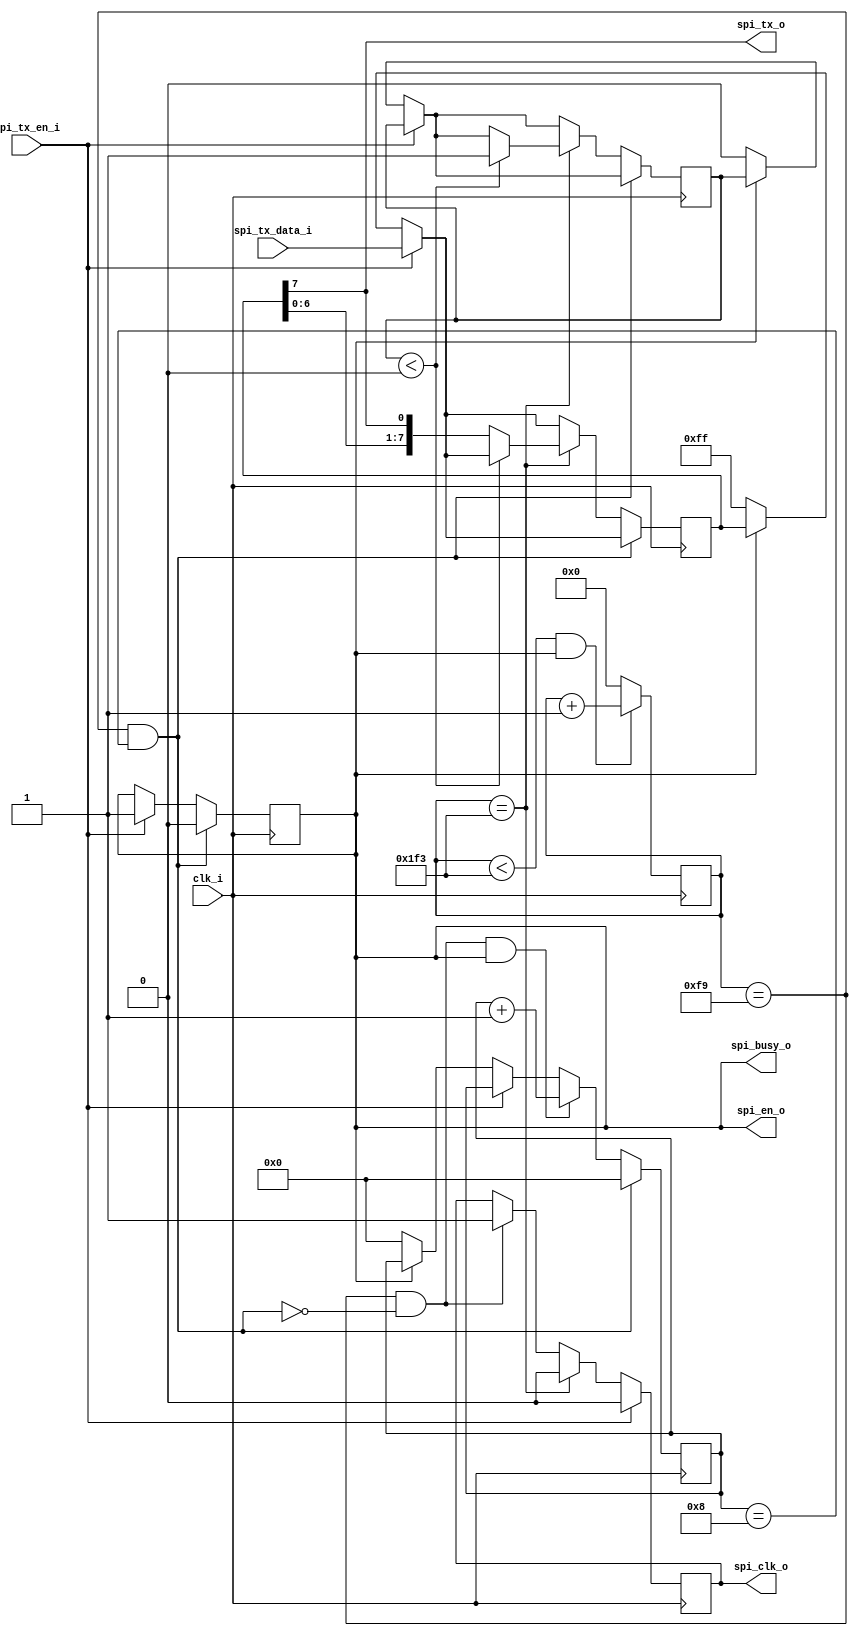
module master_spi_tx#
    (
        parameter CPOL = 1'b0,
        parameter CPHA = 1'b0
    ) (
        input clk_i,
        output spi_tx_o,//mosi
        output spi_clk_o,//SPI  SCK
        input spi_tx_en_i,//
        input [7:0] spi_tx_data_i,//
        output spi_en_o,//SPI 
        output spi_busy_o//SPI 
    );

    //SPI 
    parameter [9:0] SPI_DIV = 10'd499;// 50Mhz/100K/ - 1'b1=499
    parameter [9:0] SPI_DIV1 = SPI_DIV/2;
    parameter PSET = CPHA ? 1'b1 : 1'b0;
    reg [9:0] clk_div = 10'd0;
    reg spi_en = 1'b0;
    always@(posedge clk_i) begin
        if((clk_div < SPI_DIV) && spi_en)
            clk_div <= clk_div + 1'b1;
        else
            clk_div <= 10'd0;
    end
    wire clk_end;
    // SPI 
    wire clk_en1 = (clk_div == SPI_DIV1)&&(!clk_end);//n
    wire clk_en2 = (clk_div == SPI_DIV);//p
    reg spi_clk = 1'b0;

    always@(posedge clk_i) begin
        if(spi_tx_en_i)
            spi_clk <= 1'b0;
        else if(clk_en2)
            spi_clk <= 1'b0;
        else if(clk_en1)
            spi_clk <= 1'b1;
    end
    wire spi_strobe = CPHA ? clk_en1 : clk_en2 ;

    //SPI 
    reg [3:0] tx_cnt = 4'd0;
    reg [7:0] spi_tx_data_r=8'd0;
    assign spi_tx_o = spi_tx_data_r[7];
    assign clk_end = (clk_div == SPI_DIV1)&&(tx_cnt==4'd8);
    reg pcnt = 1'b0;
    always@(posedge clk_i) begin
        // 
        if(spi_tx_en_i) begin
            spi_en <= 1'b1;
            spi_tx_data_r <= spi_tx_data_i;
        end
        else if(!spi_en) begin// bps_start_en  0 
            spi_tx_data_r <= 8'b1111_1111;
            tx_cnt <= 4'd0;
            pcnt <= 1'd0;
        end
        // 
        if(clk_end) begin
            tx_cnt <= 4'd0;
            spi_en <= 1'b0;
        end
        else begin
            if(clk_en1&&spi_en)
                tx_cnt <= tx_cnt + 1'b1;
            if(spi_strobe) begin
                if(pcnt < PSET )
                    pcnt <= 1'b1;
                else
                    spi_tx_data_r[7:0] <= {spi_tx_data_r[6:0],spi_tx_data_r[7]};
            end
        end
    end
    assign spi_busy_o = spi_en;
    assign spi_en_o = spi_en;
    assign spi_clk_o = (CPOL == 1'b1) ? ~spi_clk : spi_clk;

endmodule